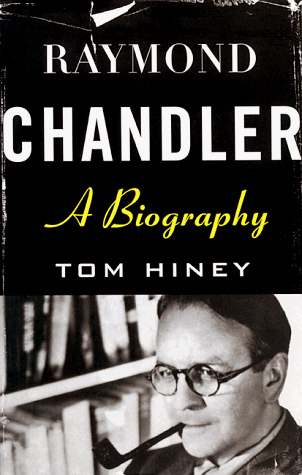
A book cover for Raymond Chandler: A Biography; Tom Hiney; Mystery, Thriller & Suspense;